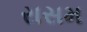
રાસમ